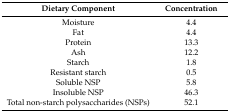
| Dietary Component | Concentration |
 | --- | --- |
 | Moisture | 4.4 |
 | Fat | 4.4 |
 | Protein | 13.3 |
 | Ash | 12.2 |
 | Starch | 1.8 |
 | Resistant starch | 0.5 |
 | Soluble NSP | 5.8 |
 | Insoluble NSP | 46.3 |
 | Total non-starch polysaccharides (NSPs) | 52.1 |